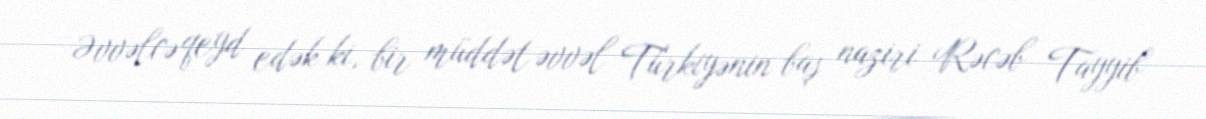
Əvvəlcə qeyd edək ki, bir müddət əvvəl Türkiyənin baş naziri Rəcəb Tayyib